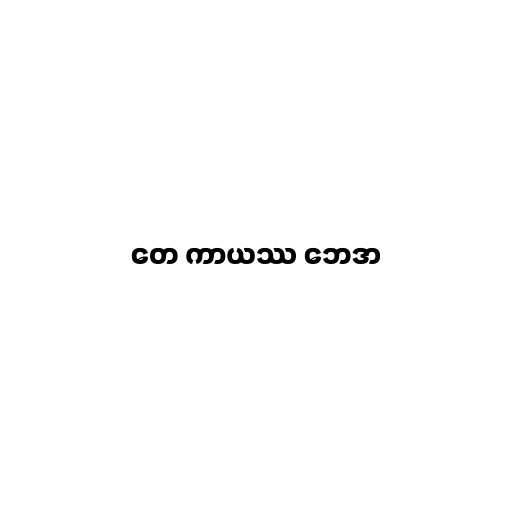
တေ ကာယဿ ဘေဒာ